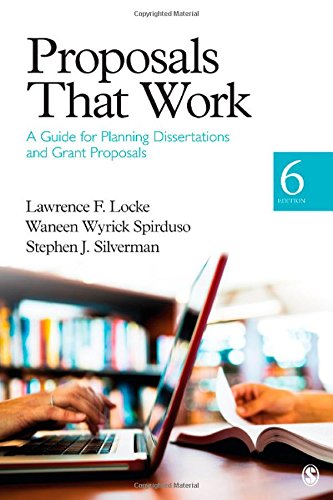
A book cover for Proposals That Work: A Guide for Planning Dissertations and Grant Proposals; Lawrence F. Locke; Medical Books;